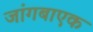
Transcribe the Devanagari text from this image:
जांगबाएक